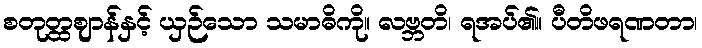
စတုတ္ထဈာန်နှင့် ယှဉ်သော သမာဓိကို။ လဗ္ဘတိ၊ ရအပ်၏။ ပီတိဖရဏတာ၊